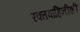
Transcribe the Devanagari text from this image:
रक्तवाहिनीशी